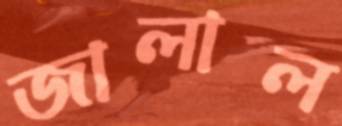
জালাল